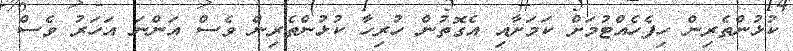
ކުޅުންތެރިން ހިފެހެއްޓުމަށް ކަމަށާއި އެގޮތުން ހުރިހާ ކުޅުންތެރިން ވެސް އަންނަ އަހަރު ވެސް